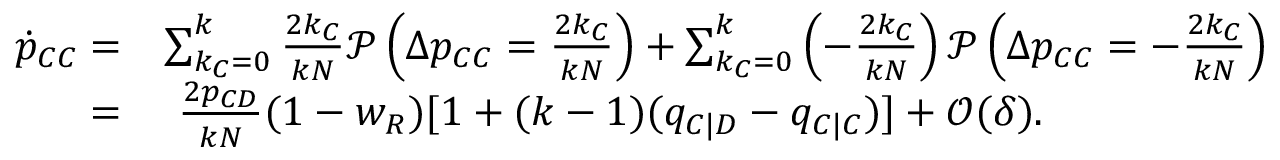
\begin{array} { r l } { \dot { p } _ { C C } = } & { \sum _ { k _ { C } = 0 } ^ { k } { \frac { 2 k _ { C } } { k N } \mathcal { P } \left( \Delta p _ { C C } = \frac { 2 k _ { C } } { k N } \right) } + \sum _ { k _ { C } = 0 } ^ { k } { \left( - \frac { 2 k _ { C } } { k N } \right) \mathcal { P } \left( \Delta p _ { C C } = - \frac { 2 k _ { C } } { k N } \right) } } \\ { = } & { ~ \frac { 2 p _ { C D } } { k N } ( 1 - w _ { R } ) [ 1 + ( k - 1 ) ( q _ { C | D } - q _ { C | C } ) ] + \mathcal { O } ( \delta ) . } \end{array}